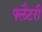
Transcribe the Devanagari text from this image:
फ्लैटरी